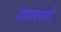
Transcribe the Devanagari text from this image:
सम्भवनओं